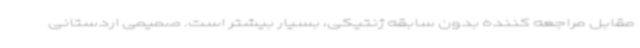
مقابل مراجعه کننده بدون سابقه ژنتیکی، بسیار بیشتر است. صمیمی اردستانی